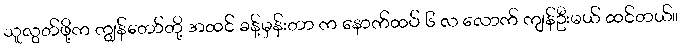
သူလွတ်ဖို့က ကျွန်တော်တို့ အထင် ခန့်မှန်းတာ က နောက်ထပ် ၆ လ လောက် ကျန်ဦးမယ် ထင်တယ်။